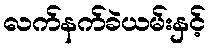
လက်နက်ခဲယမ်းနှင့်